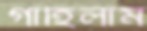
গাহিলাম